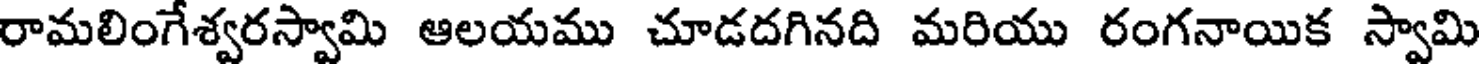
రామలింగేశ్వరస్వామి ఆలయము చూడదగినది మరియు రంగనాయిక స్వామి